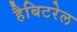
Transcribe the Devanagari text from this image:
हैबिटरेल